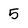
Character: 5